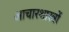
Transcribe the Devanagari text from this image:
आचारशास्त्रों